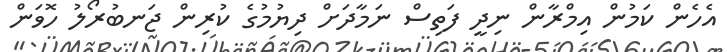
އެހެން ކަމުން އިމްރާން ނިދީ ފަތިސް ނަމާދަށް ދިޔުމުގެ ކުރިން ޖަނބުރޯލު ހޮވަން